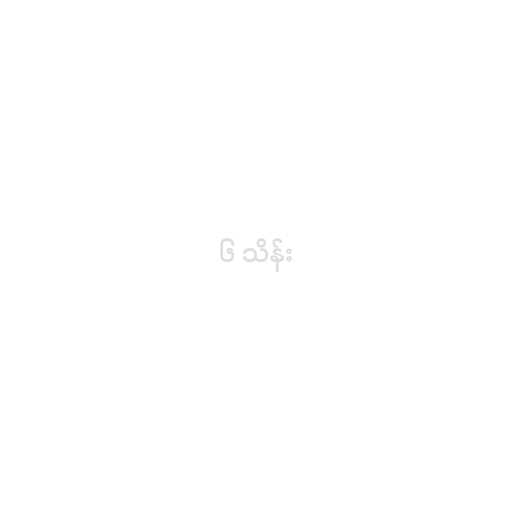
၆ သိန်း